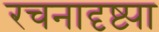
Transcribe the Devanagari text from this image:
रचनादृष्ट्या